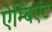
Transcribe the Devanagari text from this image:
ऐम्बिएंट